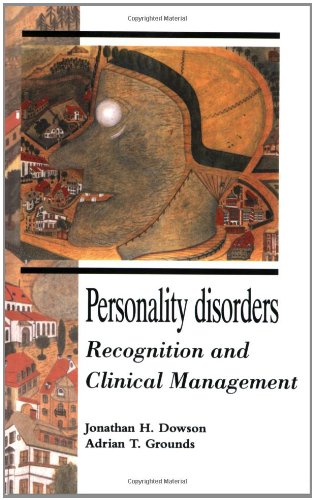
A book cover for Personality Disorders: Recognition and Clinical Management; Jonathan H. Dowson; Health, Fitness & Dieting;